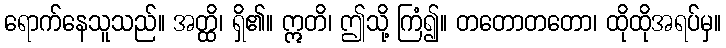
ရောက်နေသူသည်။ အတ္ထိ၊ ရှိ၏။ ဣတိ၊ ဤသို့ ကြံ၍။ တတောတတော၊ ထိုထိုအရပ်မှ။